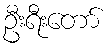
ဦးရီးတော်